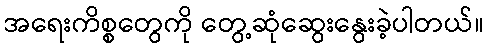
အရေးကိစ္စတွေကို တွေ့ဆုံဆွေးနွေးခဲ့ပါတယ်။